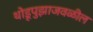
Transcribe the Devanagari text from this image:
थोडूपुझाजवळील